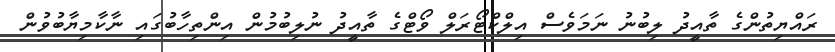
ރައްޔިތުންގެ ތާއީދު ލިބުނު ނަމަވެސް އިލްކްޓޯރަލް ވޯޓްގެ ތާއީދު ނުލިބުމުން އިންތިހާބުގައި ނާކާމިޔާބުވުން